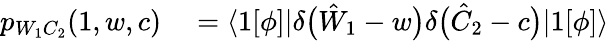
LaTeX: \begin{array}{rl}{p_{W_{1}C_{2}}(1,w,c)}&{{}=\langle 1[\phi]|\delta\bigl(\hat{W}_{1}-w\bigr)\delta\bigl(\hat{C}_{2}-c\bigr)|1[\phi]\rangle}\end{array}